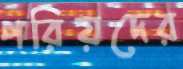
পরিয়দের